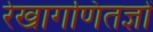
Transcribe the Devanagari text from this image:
रेखागणितज्ञों